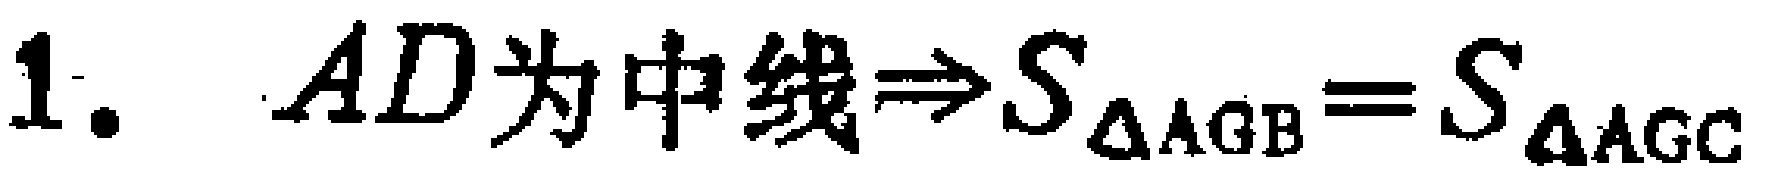
1. \(AD为中线\Rightarrow S_{\triangle AGB}=S_{\triangle AGC}\)